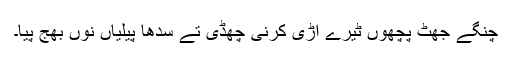
چنگے جھٹ پچھوں ٹیرے اڑی کرنی چھڈی تے سدھا پیلیاں نوں بھج پیا۔